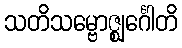
သတိသမ္ဗောဇ္ဈင်္ဂေါတိ